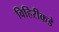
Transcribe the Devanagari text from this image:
विहिरीकडे